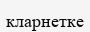
кларнетке